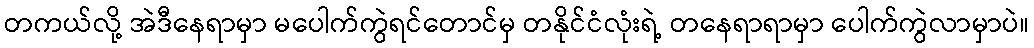
တကယ်လို့ အဲဒီနေရာမှာ မပေါက်ကွဲရင်တောင်မှ တနိုင်ငံလုံးရဲ့ တနေရာရာမှာ ပေါက်ကွဲလာမှာပဲ။